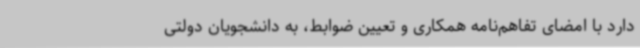
دارد با امضای تفاهم‌نامه همکاری و تعیین ضوابط، به دانشجویان دولتی